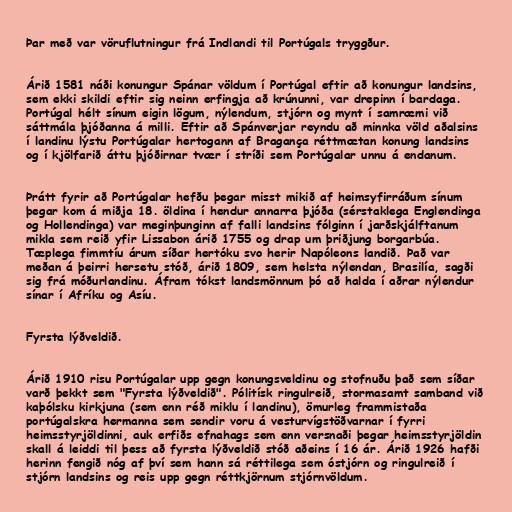
Þar með var vöruflutningur frá Indlandi til Portúgals tryggður.

Árið 1581 náði konungur Spánar völdum í Portúgal eftir að konungur landsins,
sem ekki skildi eftir sig neinn erfingja að krúnunni, var drepinn í bardaga.
Portúgal hélt sínum eigin lögum, nýlendum, stjórn og mynt í samræmi við
sáttmála þjóðanna á milli. Eftir að Spánverjar reyndu að minnka völd aðalsins
í landinu lýstu Portúgalar hertogann af Bragança réttmætan konung landsins
og í kjölfarið áttu þjóðirnar tvær í stríði sem Portúgalar unnu á endanum.

Þrátt fyrir að Portúgalar hefðu þegar misst mikið af heimsyfirráðum sínum
þegar kom á miðja 18. öldina í hendur annarra þjóða (sérstaklega Englendinga
og Hollendinga) var meginþunginn af falli landsins fólginn í jarðskjálftanum
mikla sem reið yfir Lissabon árið 1755 og drap um þriðjung borgarbúa.
Tæplega fimmtíu árum síðar hertóku svo herir Napóleons landið. Það var
meðan á þeirri hersetu stóð, árið 1809, sem helsta nýlendan, Brasilía, sagði
sig frá móðurlandinu. Áfram tókst landsmönnum þó að halda í aðrar nýlendur
sínar í Afríku og Asíu.

Fyrsta lýðveldið.

Árið 1910 risu Portúgalar upp gegn konungsveldinu og stofnuðu það sem síðar
varð þekkt sem "Fyrsta lýðveldið". Pólitísk ringulreið, stormasamt samband við
kaþólsku kirkjuna (sem enn réð miklu í landinu), ömurleg frammistaða
portúgalskra hermanna sem sendir voru á vesturvígstöðvarnar í fyrri
heimsstyrjöldinni, auk erfiðs efnahags sem enn versnaði þegar heimsstyrjöldin
skall á leiddi til þess að fyrsta lýðveldið stóð aðeins í 16 ár. Árið 1926 hafði
herinn fengið nóg af því sem hann sá réttilega sem óstjórn og ringulreið í
stjórn landsins og reis upp gegn réttkjörnum stjórnvöldum.